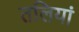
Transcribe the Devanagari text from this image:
तलियां